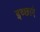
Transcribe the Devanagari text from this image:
इच्‍छाएं